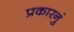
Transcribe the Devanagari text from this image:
प्रकारनुं